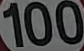
100